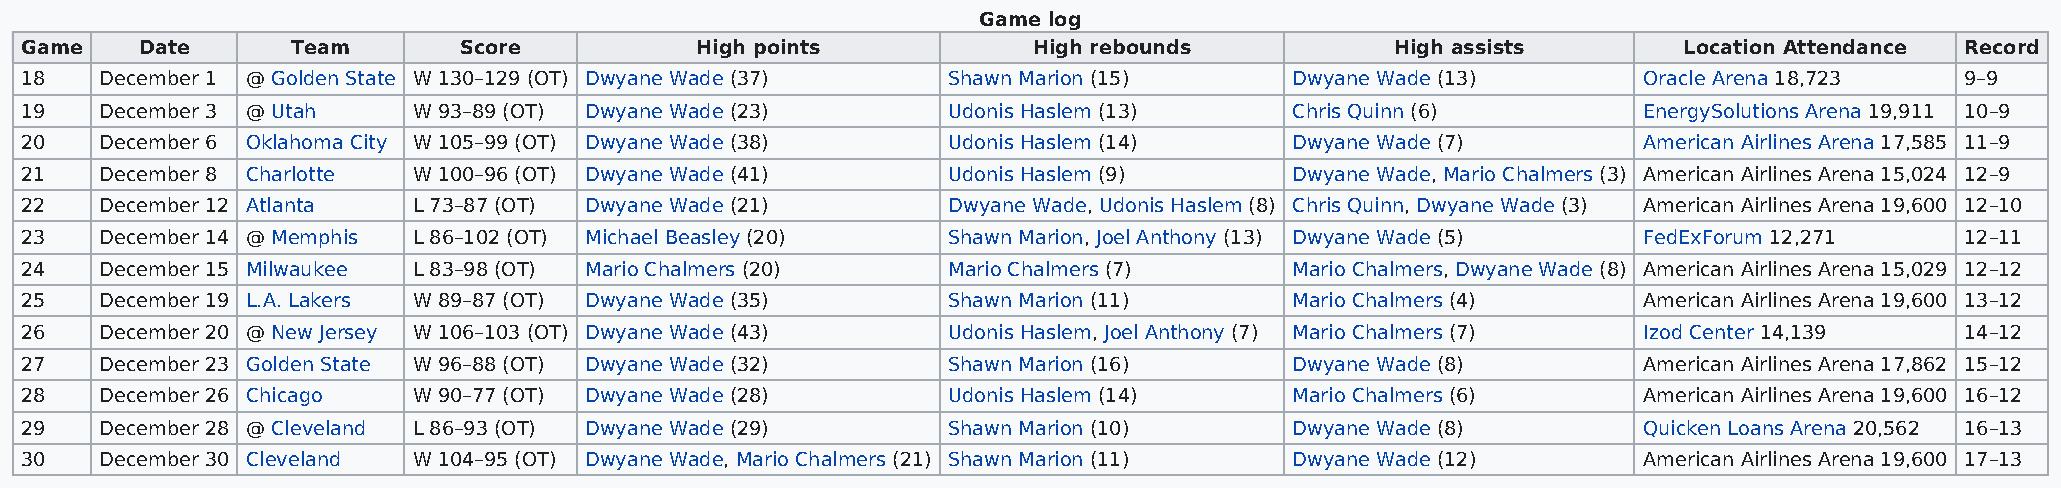
Game log
 Game    Date      Team       Score           High points           High rebounds           High assists       Location Attendance Record
 18    December 1 @ Golden State W 130–129 (OT) Dwyane Wade (37) Shawn Marion (15)    Dwyane Wade (13)       Oracle Arena 18,723  9–9
 19    December 3 @ Utah   W 93–89 (OT) Dwyane Wade (23)       Udonis Haslem (13)     Chris Quinn (6)        EnergySolutions Arena 19,911 10–9
 20    December 6 Oklahoma City W 105–99 (OT) Dwyane Wade (38) Udonis Haslem (14)     Dwyane Wade (7)        American Airlines Arena 17,585 11–9
 21    December 8 Charlotte W 100–96 (OT) Dwyane Wade (41)     Udonis Haslem (9)      Dwyane Wade, Mario Chalmers (3) American Airlines Arena 15,024 12–9
 22    December 12 Atlanta L 73–87 (OT) Dwyane Wade (21)       Dwyane Wade, Udonis Haslem (8) Chris Quinn, Dwyane Wade (3) American Airlines Arena 19,600 12–10
 23    December 14 @ Memphis L 86–102 (OT) Michael Beasley (20) Shawn Marion, Joel Anthony (13) Dwyane Wade (5) FedExForum 12,271 12–11
 24    December 15 Milwaukee L 83–98 (OT) Mario Chalmers (20)  Mario Chalmers (7)     Mario Chalmers, Dwyane Wade (8) American Airlines Arena 15,029 12–12
 25    December 19 L.A. Lakers W 89–87 (OT) Dwyane Wade (35)   Shawn Marion (11)      Mario Chalmers (4)     American Airlines Arena 19,600 13–12
 26    December 20 @ New Jersey W 106–103 (OT) Dwyane Wade (43) Udonis Haslem, Joel Anthony (7) Mario Chalmers (7) Izod Center 14,139 14–12
 27    December 23 Golden State W 96–88 (OT) Dwyane Wade (32)  Shawn Marion (16)      Dwyane Wade (8)        American Airlines Arena 17,862 15–12
 28    December 26 Chicago W 90–77 (OT) Dwyane Wade (28)       Udonis Haslem (14)     Mario Chalmers (6)     American Airlines Arena 19,600 16–12
 29    December 28 @ Cleveland L 86–93 (OT) Dwyane Wade (29)   Shawn Marion (10)      Dwyane Wade (8)        Quicken Loans Arena 20,562 16–13
 30    December 30 Cleveland W 104–95 (OT) Dwyane Wade, Mario Chalmers (21) Shawn Marion (11) Dwyane Wade (12) American Airlines Arena 19,600 17–13